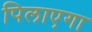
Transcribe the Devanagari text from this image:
पिलाएगा